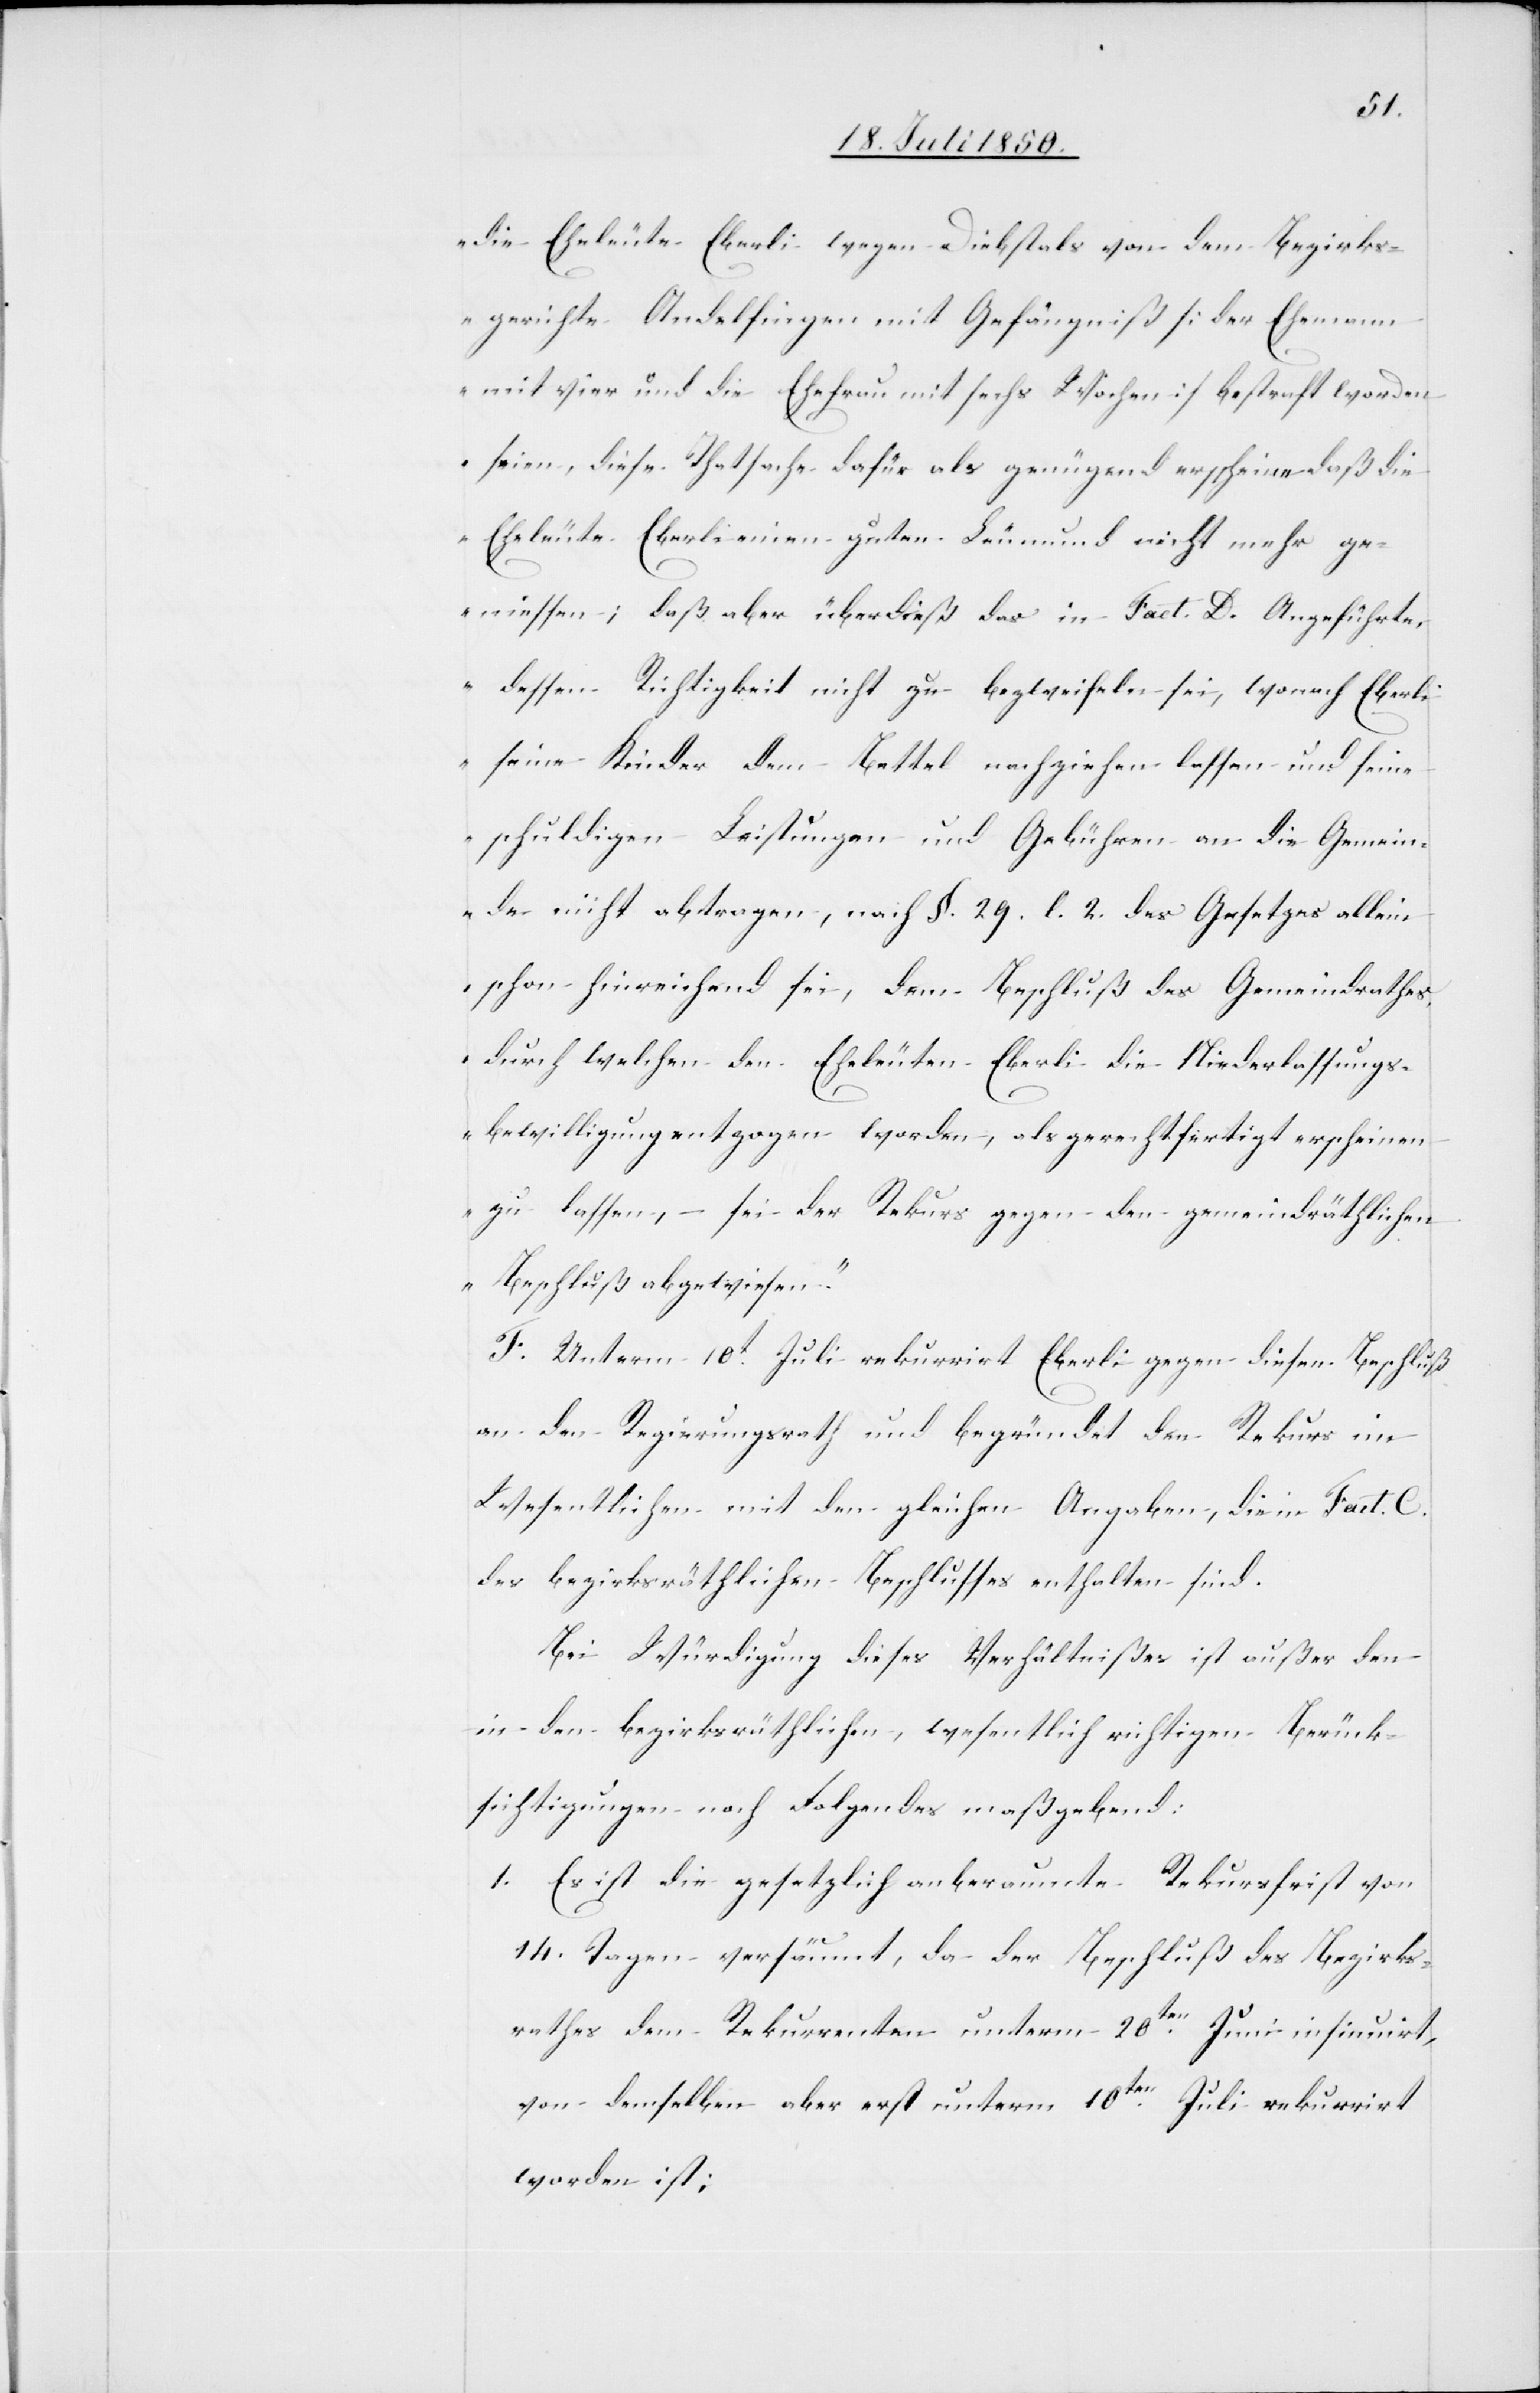
die Eheleute Eberli wegen Diebstals von dem Bezirks¬
gerichte Andelfingen mit Gefängniß [der Ehemann
mit vier und die Ehefrau mit sechs Wochen] bestraft worden
seien, diese Thatsache dafür als genügend erscheine daß die
Eheleute Eberli einen guten Leumund nicht mehr ge¬
niessen; daß aber überdieß das in Fact. D. Angeführte,
dessen Richtigkeit nicht zu bezweifeln sei, wonach Eberli
seine Kinder dem Bettel nachziehen lassen [recte:
schuldigen Leistungen und Gebühren an die Gemeinde
[recte: abtrage], nach §. 29. l. 2. des Gesetzes allein
schon hinreichend sei, dem Beschluß des Gemeindrathes,
durch welchen den Eheleuten Eberli die Niederlassungs¬
bewilligung entzogen worden, als gerechtfertigt erscheinen
zu lassen, – sei der Rekurs gegen den gemeindräthlichen
Beschluß abgewiesen.“
F. Unterm 10t Juli reurrirt Eberli gegen diesen Beschluß
an den Regierungsrath und begründet den Rekurs im
Wesentlichen mit den gleichen Angaben, die in Fact. C.
des bezirksräthlichen Beschlusses enthalten sind.
Bei Würdigung dieses Verhältnißes ist außer den
in den bezirksräthlichen, wesentlich richtigen Berück¬
sichtigungen noch Folgendes maßgebend.
1. Es ist die gesetzlich anberaumte Rekursfrist von
14. Tagen versäumt, da der Beschluß des Bezirks¬
rathes dem Rekurrenten unterm 20ten Juni insinuirt,
von demselben aber erst unterm 10ten Juli rekurirt
worden ist;